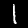
Digit: 1